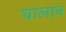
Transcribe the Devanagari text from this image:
घालाव